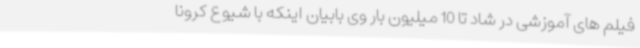
فیلم های آموزشی در شاد تا 10 میلیون بار وی بابیان اینکه با شیوع کرونا